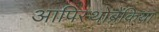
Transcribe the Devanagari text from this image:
आपिस्थोब्रैंकिया